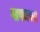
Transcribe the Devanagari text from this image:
गावकार